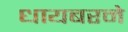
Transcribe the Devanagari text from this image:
धायबरने